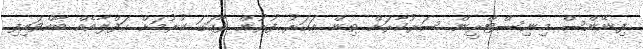
ފިނޭންސް މިނިސްޓްރީން ސަރުކާރަށް ތިން އަހަރު ފުރުން ފާހަގަ ކުރުމަށް ހަފްލާއެއް ބާއްވައިފި